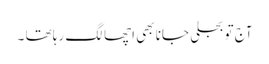
آج تو بجلی جانا بھی اچھا لگ رہا تھا ۔